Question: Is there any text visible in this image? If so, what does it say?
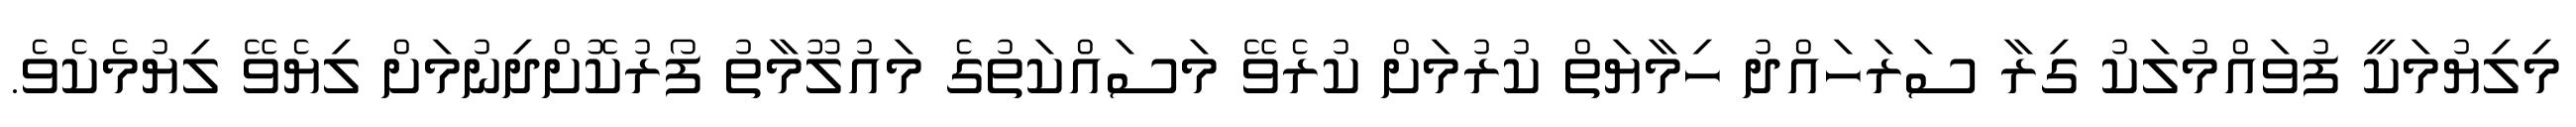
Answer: މިލިޔުމަކީ ފުވައްމުލަކު ގިރާ ސަރަހައްދު ހިމާޔަތް ކުރުމަށް ކުރެވޭ މަސައްކަތުގެ މައުލޫމާތު ފޯރުކޮށްދިނުމަށް ލިޔެވޭ ލިޔުމެކެވެ.